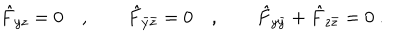
\hat { F } _ { y z } = 0 \quad , \qquad \hat { F } _ { \bar { y } \bar { z } } = 0 \quad , \qquad \hat { F } _ { y \bar { y } } + \hat { F } _ { z \bar { z } } = 0 \ .